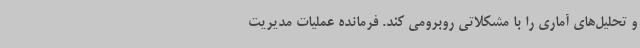
و تحلیل‌های آماری را با مشکلاتی روبرومی کند. فرمانده عملیات مدیریت